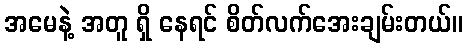
အမေနဲ့ အတူ ရှိ နေရင် စိတ်လက်အေးချမ်းတယ်။